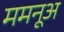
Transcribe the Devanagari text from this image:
ममनूअ